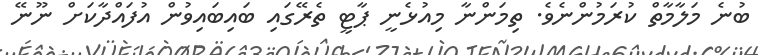
ބުނެ މަލާމާތް ކުރަމުންނެވެ. ތިމަންނާ މިއުޅެނީ ޕާޓީ ތެރޭގައި ބައިބައިވުން އުފައްދާކަށް ނޫނޭ